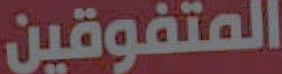
المتفوقين